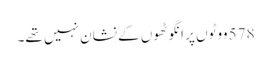
578 ووٹوں پر انگوٹھوں کے نشان نہیں تھے۔